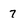
Character: 7